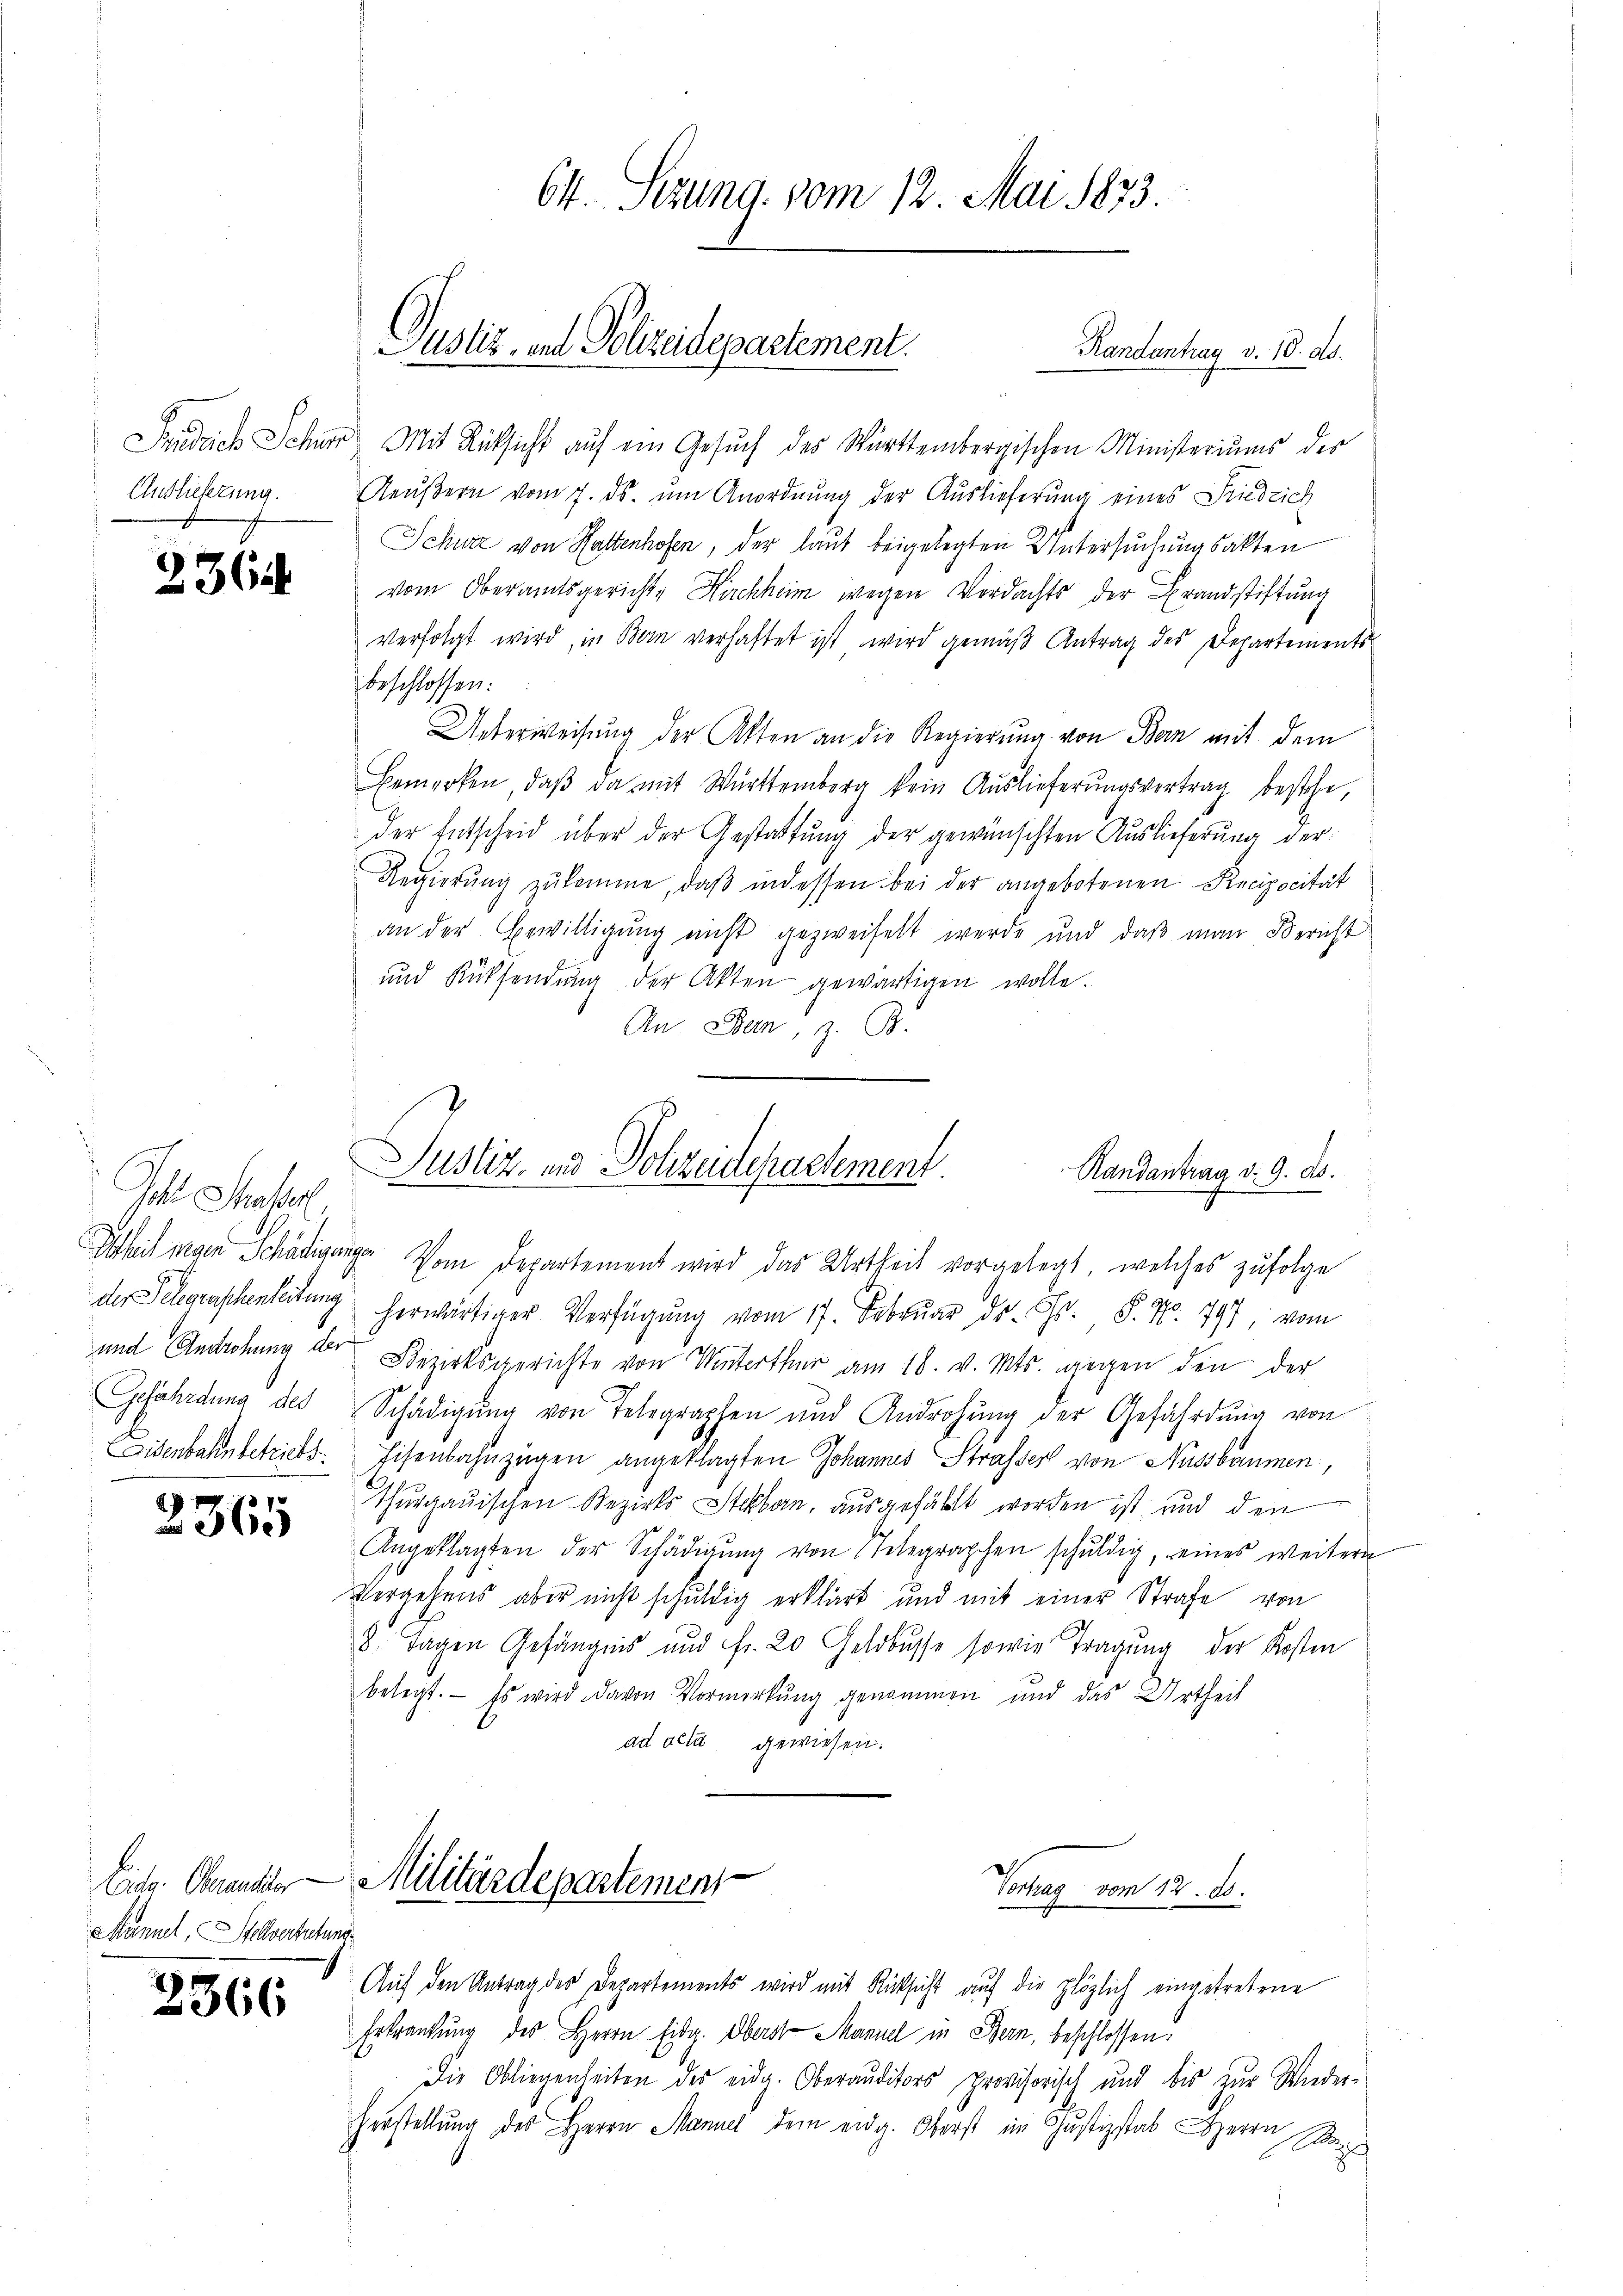
Judice Schen
Anslieferung.

2364

Gohl Mehl.
Gefährdung des

2365

Eiter Oberausser
Maniel, Stellvertretung

2366

64. Sezung vom 12. Mai 1873.

Pustiz, und Polizeidepartement.

Randantrag v. 10. ds.
u. Mit Rücksicht auf ein Gesuch des Württembergischen Ministeriums des
Aeußern vom 7. ds. um Anordnung der Auslieferung eines Friedrich
Schüre von Hattenhofen, der laut beigelegten Untersuchungsakten
vom Oberamtsgericht, Kirchheim wegen Verdachts der Brandstiftung
verfolgt wird, in Bern verhaftet ist wird gemäß Antrag des Departementsbeschlossen:
g
Unterweisung der Akten an die Regierung von Bern mit dem
Bemerken, daβ da mit Württemberg kein Aŭslieferŭngsvertrag bestehe,
der Entscheid über der Gestattung der gewünschten Auslieferung der
Regierŭng zŭkomme, daβ indessen bei der angebotenen Recipocität
an der Bewilligung nicht gezweifelt werde und daß man Bericht
und Rücksendŭng der Akten gewärtigen wolle.
An Bern, z. B.

Justiz- und Polizeidepartement.
Randantrag d. 9. ds.
Isheit man Schädigung vom Departement wird das Urtheil vorgelegt, welches zufolge

der Schgraschenleitung herwärtiger Verfügung vom 17. Februar ds. Chr. P. Nr. 797, vom
und Androhung der Bezirksgerichte von Winterthur am 18. v. Mts. gegen den der
Schädigŭng von Telegraphen und Androhŭng der Gefährdŭng von
Eisenbahnbetrieb. Eisenbahnzügen angeklagten Johannes Strassers von Aussbäumen,
Thurgauischen Bezirks Staben, ausgefällt worden ist, und den
Angeklagten der Schädigŭng von Telegraphen schŭldig, eines weitern
Vergehens aber nicht schuldig erklärt und mit einer Strafe von
8. Tagen Gefängnis und Fr. 20 Geldbusse sowie Tragung der Kosten
belegt. Es wird davon Vormerkung genommen und das Urtheil
ad acta gewiesen.

Militärdepartement
Vortrag vom 12. ds.

Auf den Antrag des Departements wird mit Rücksicht auf die plözlich eingetretene
Erkrankung des Herrn Eidg. Oberst Manuel in Bern, beschlossen:
Die Obliegenheiten des eidg. Oberauditors provisorisch und bis zur Wieder-
Herstellung des Herrn Manuel dem eidg. Oberst im Schustizstab Herrn Se